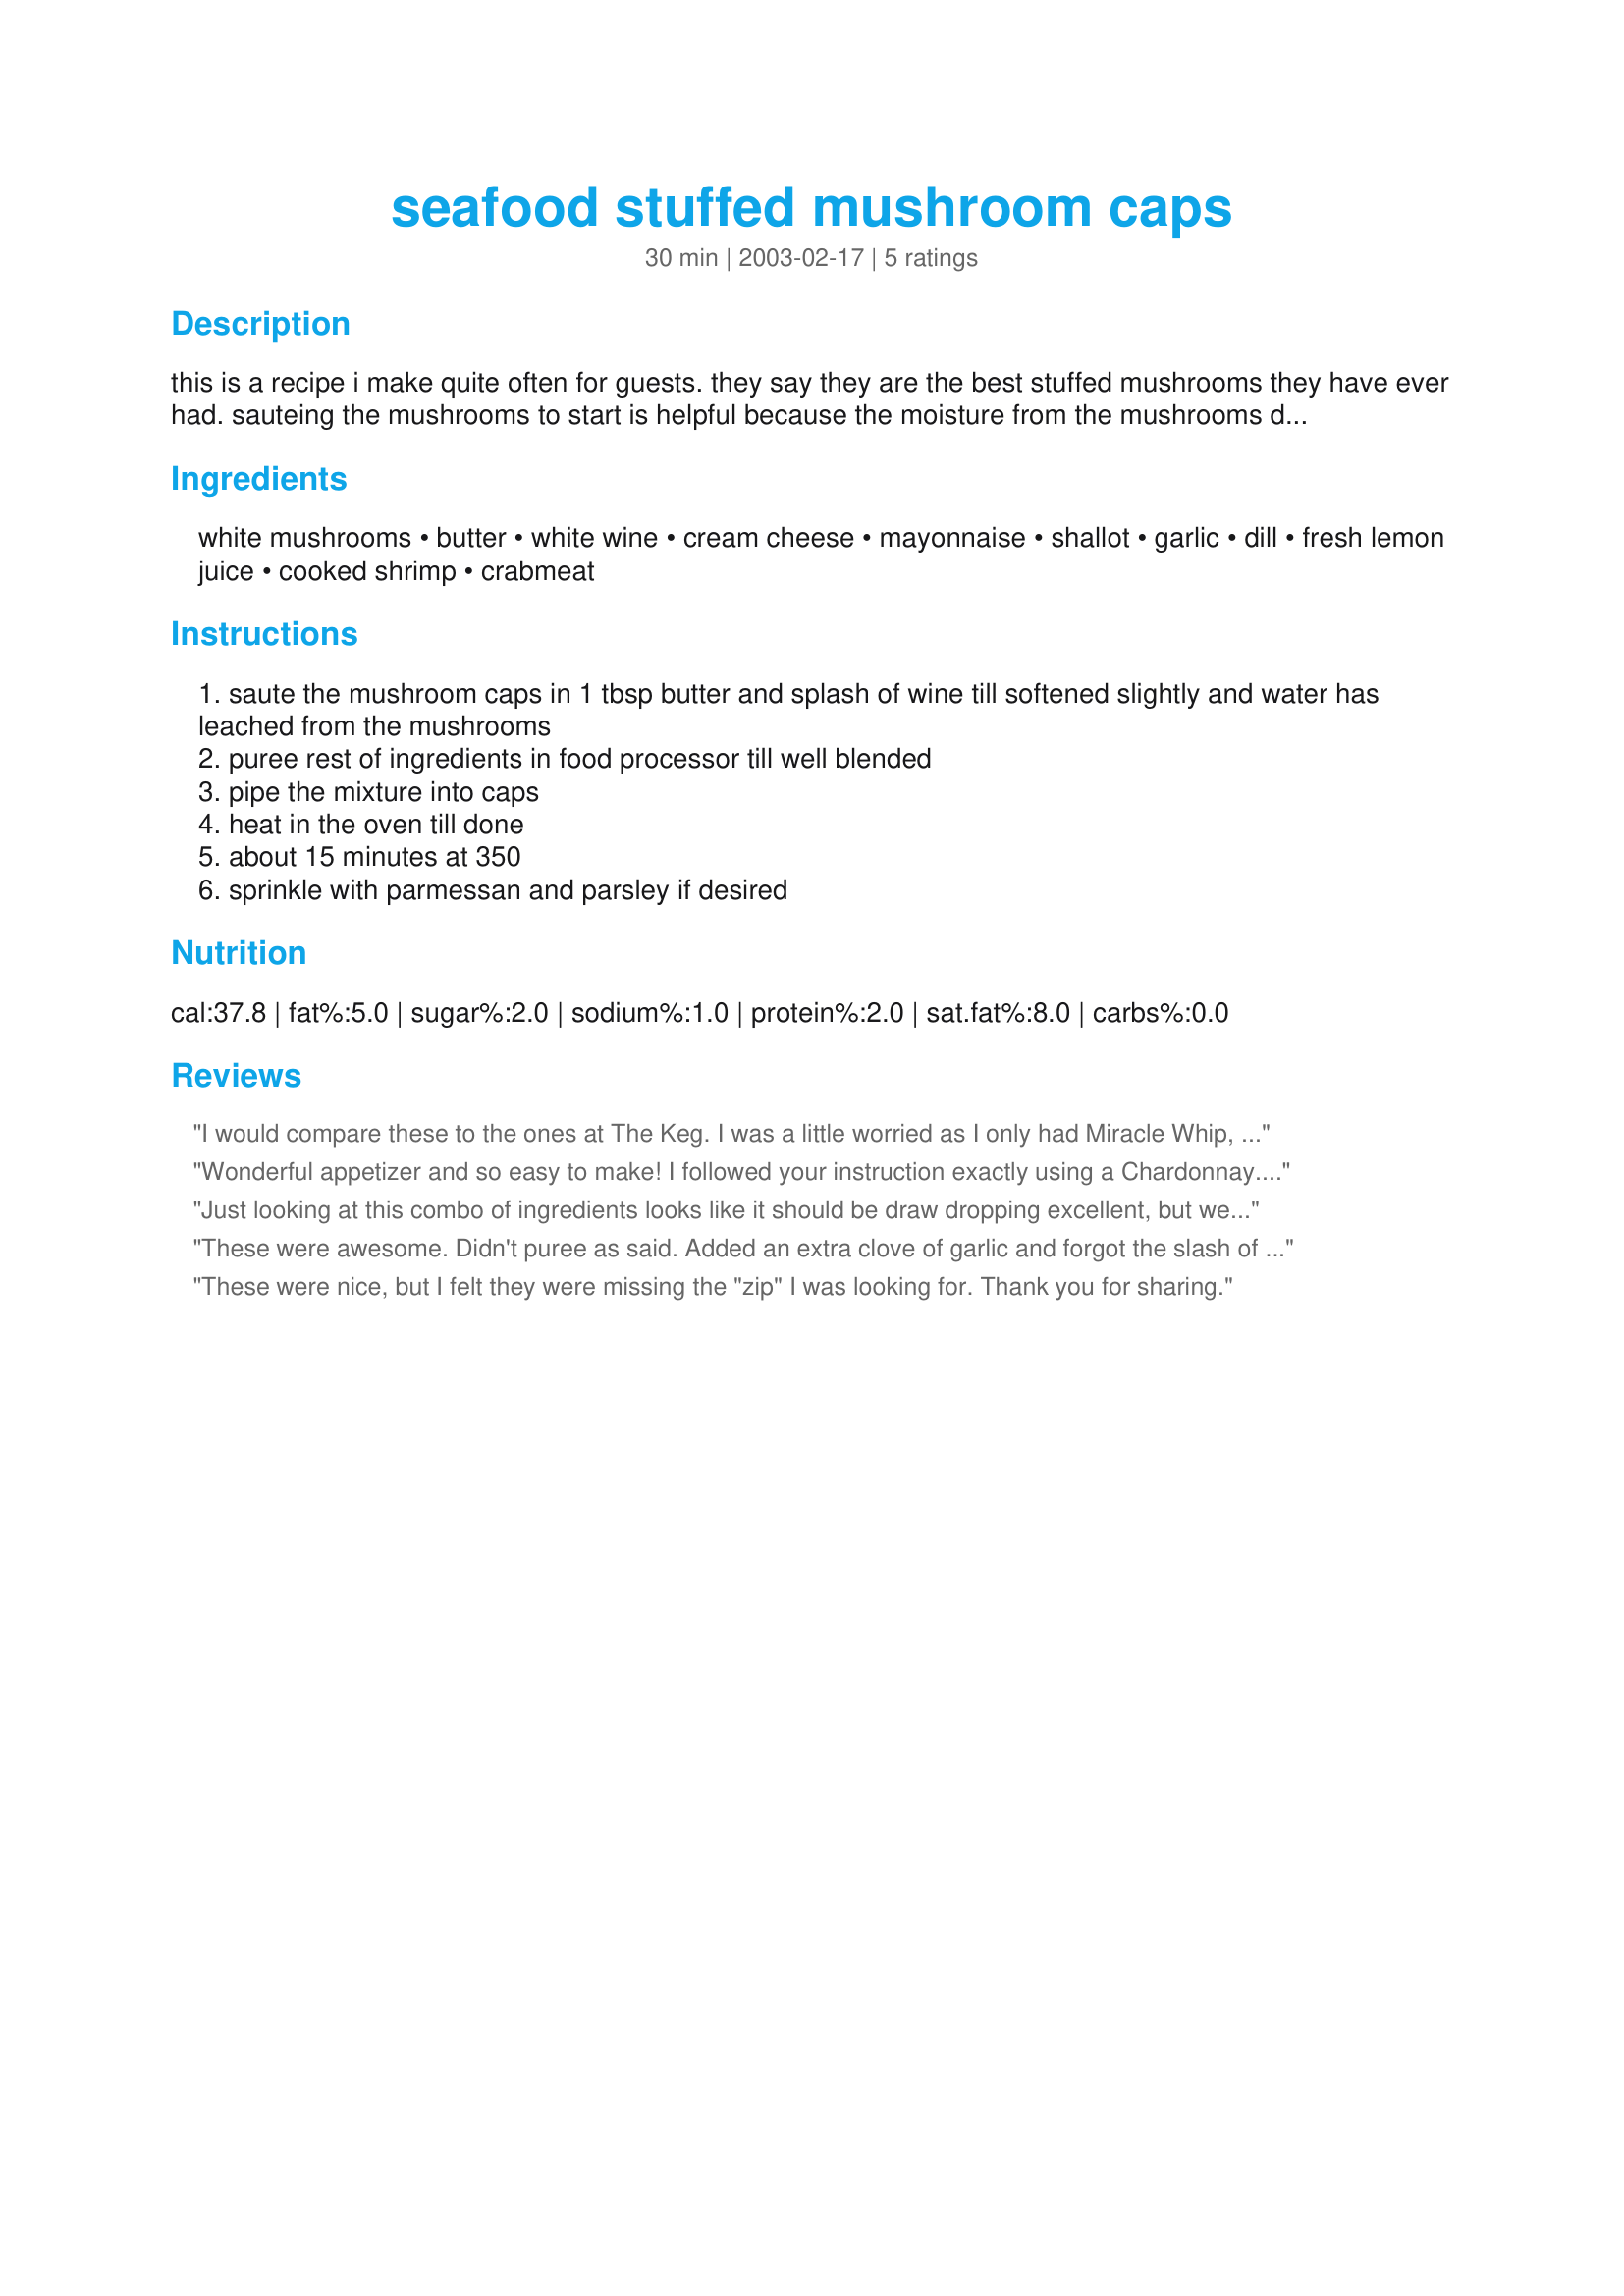
seafood stuffed mushroom caps
Preparation time: 30 minutes

this is a recipe i make quite often for guests. they say they are the best stuffed mushrooms they have ever had. sauteing the mushrooms to start is helpful because the moisture from the mushrooms doesn't make the filling too soggy and soupy.

Ingredients:
white mushrooms, butter, white wine, cream cheese, mayonnaise, shallot, garlic, dill, fresh lemon juice, cooked shrimp, crabmeat

Steps:
saute the mushroom caps in 1 tbsp butter and splash of wine till softened slightly and water has leached from the mushrooms
puree rest of ingredients in food processor till well blended
pipe the mixture into caps
heat in the oven till done
about 15 minutes at 350
sprinkle with parmessan and parsley if desired

Reviews:
I would compare these to the ones at The Keg. I was a little worried as I only had Miracle Whip, but the 'zip' of MW was actually nice. My hubby wasn't crazy about the dill -- I liked it, but will probably omit it next time for him (: Thanks, Arabannie. This is a keeper (I'm facebook sharing it over to my mom)
Wonderful appetizer and so easy to make! I followed your instruction exactly using a Chardonnay. I am so glad I found this recipe. Thank you for sharing this, arabannie!!
Just looking at this combo of ingredients looks like it should be draw dropping excellent, but we weren&#039;t that impressed with them. The filling was too loose for our tastes and possibly cream cheese overpowering. It could have been that I used canned crab too. Made for Recipes Without Photos tag.
These were awesome. Didn't puree as said. Added an extra clove of garlic and forgot the slash of wine. Oops. Will remember next time. Didn't specify how big te mushrooms should be; had leftover filling; use lrg. Over all, a really great keeper.
These were nice, but I felt they were missing the "zip" I was looking for. Thank you for sharing.
